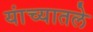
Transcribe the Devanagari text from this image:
यांच्यातले